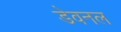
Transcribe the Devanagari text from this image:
डेवनल